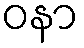
ဝနာ